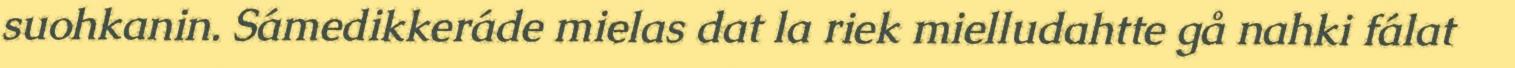
suohkanin. Sámedikkeráde mielas dat la riek mielludahtte gå nahki fálat